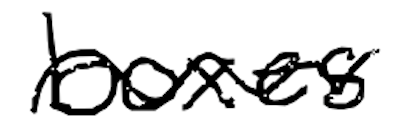
Text: boxes
Cross-out: wave
Writing tool: digital_black